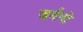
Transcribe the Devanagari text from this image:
जर्मनो